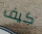
كيف